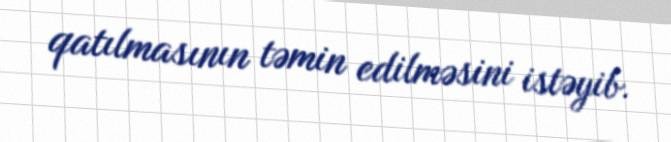
qatılmasının təmin edilməsini istəyib.